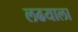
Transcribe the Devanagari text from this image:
लढयाला